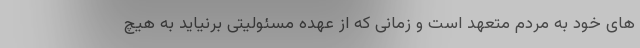
های خود به مردم متعهد است و زمانی که از عهده مسئولیتی برنیاید به هیچ